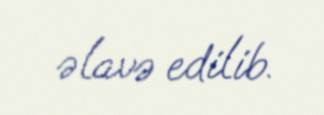
əlavə edilib.